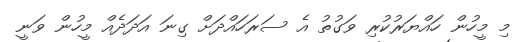
މި މީހުން ހައްޔަރުކުރި ވަގުތު އެ ސަރަހައްދަށް ގިނަ އަދަދެއް މީހުން ވަނީ